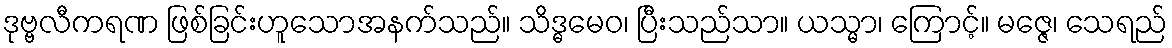
ဒုဗ္ဗလီကရဏ ဖြစ်ခြင်းဟူသောအနက်သည်။ သိဒ္ဓမေဝ၊ ပြီးသည်သာ။ ယသ္မာ၊ ကြောင့်။ မဇ္ဇေ၊ သေရည်